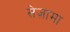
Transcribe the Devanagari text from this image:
सेज़ामा